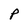
Character: P